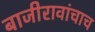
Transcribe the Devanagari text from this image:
बाजीरावांचाच